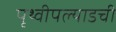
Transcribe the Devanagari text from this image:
पृथ्वीपल्याडची